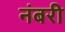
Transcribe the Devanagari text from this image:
नंबरी